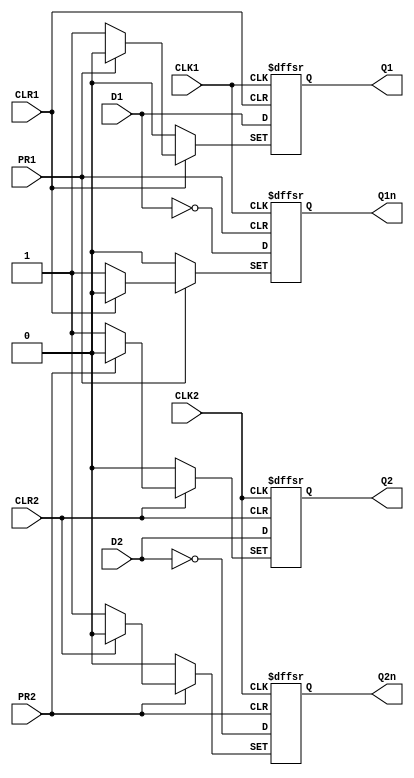
module gate74LS74(PR1,CLR1,CLK1,D1,Q1,Q1n,PR2,CLR2,CLK2,D2,Q2,Q2n);
    input PR1,CLR1,CLK1,D1;
    output Q1,Q1n;
    input  PR2,CLR2,CLK2,D2;
    output Q2,Q2n;
    reg Q1,Q1n;
    reg Q2,Q2n;

    always @(negedge PR1,negedge CLR1,posedge CLK1)
        begin
            if(PR1==1'b0)
                begin
                    {Q1,Q1n}<=2'b10;
                end
            else if(CLR1==1'b0)
                begin
                    {Q1,Q1n}<=2'b01;
                end 
            else
                begin
                    {Q1,Q1n}<={D1,~D1};
                end   
        end
    always @(negedge PR2,negedge CLR2,posedge CLK2)
        begin
            if(PR2==1'b0)
                begin
                    {Q2,Q2n}<=2'b10;
                end
            else if(CLR2==1'b0)
                begin
                    {Q2,Q2n}<=2'b01;
                end 
            else
                begin
                    {Q2,Q2n}<={D2,~D2};
                end   
        end

/*
    reg[1:0]   Q1temp_0;
    reg[1:0]   Q1temp_1;
    reg[1:0]   Q1temp;
    reg[1:0]   Q2temp_0;
    reg[1:0]   Q2temp_1;
    reg[1:0]   Q2temp;
    reg en1,en2;
    always @(PR1,CLR1)
        begin
            case({PR1,CLR1})
                2'b01:  
                        begin                        
                            Q1temp_0<=2'b10;
                        end
                2'b10:  
                        begin
                            Q1temp_0<=2'b01;
                        end
                2'b00: 
                        begin
                            Q1temp_0<=2'b11;
                        end
                2'b11: 
                        begin
                            Q1temp_0<=2'b10;  //     P?  ?    
                        end
            endcase
        end

    always @(PR1,CLR1)
        begin
            if({PR1,CLR1}==2'b11)
                begin
                    en1<=1;
                end
            else
                begin
                    en1<=0;
                end
        end
    always @(posedge CLK1)
        begin
              if(en1)
                   begin
                       // Q1temp_1={D1,~D1};  
                        Q1temp_1={D1,~D1};    
                    end
        end

    always @(Q1temp_1,Q1temp_0)
        if(en1)
            begin
               Q1temp<= Q1temp_1;
            end
       else
             begin
               Q1temp<= Q1temp_0;
             end
//====================================================================
    always @(PR2,CLR2)
        begin
            case({PR2,CLR2})
                2'b01:  
                        begin                        
                            Q2temp_0<=2'b10;
                        end
                2'b10:  
                        begin
                            Q2temp_0<=2'b01;
                        end
                2'b00: 
                        begin
                            Q2temp_0<=2'b11;
                        end
                2'b11: 
                        begin
                            Q2temp_0<=2'b10;  //     P?  ?    
                        end
            endcase
        end

    always @(PR2,CLR2)
        begin
            if({PR2,CLR2}==2'b11)
                begin
                    en2<=1;
                end
            else
                begin
                    en2<=0;
                end
        end
    always @(posedge CLK2)
        begin
              if(en2)
                   begin 
                        Q2temp_1={D2,~D2};    
                    end     
        end

    always @(Q2temp_1,Q2temp_0)
        if(en2)
            begin
               Q2temp<= Q2temp_1;
            end
       else
             begin
               Q2temp<= Q2temp_0;
             end

   always @(Q1temp) 
       begin
            {Q1,Q1n}<=Q1temp;
       end 
   always @(Q2temp) 
       begin
            {Q2,Q2n}<=Q2temp;
       end 
*/
   // assign {Q1,Q1n}=Q1temp;
    //assign {Q2,Q2n}=Q2temp;

endmodule